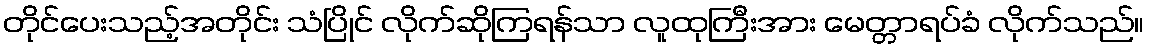
တိုင်ပေးသည့်အတိုင်း သံပြိုင် လိုက်ဆိုကြရန်သာ လူထုကြီးအား မေတ္တာရပ်ခံ လိုက်သည်။